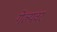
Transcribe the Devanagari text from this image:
गेल्यवर